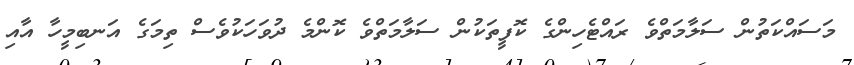
މަސައްކަތުން ސަލާމަތްވެ ރައްޓެހިންގެ ކޮފީތަކުން ސަލާމަތްވެ ކޮންމެ ދުވަހަކުވެސް ތިމަގެ އަނބިމީހާ އާއި